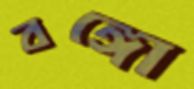
বঙ্গো